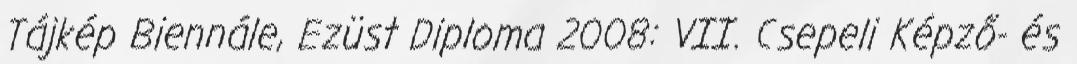
Tájkép Biennále, Ezüst Diploma 2008: VII. Csepeli Képző- és